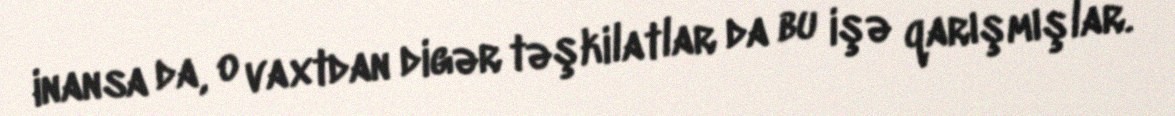
inansa da, o vaxtdan digər təşkilatlar da bu işə qarışmışlar.